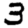
Digit: 3